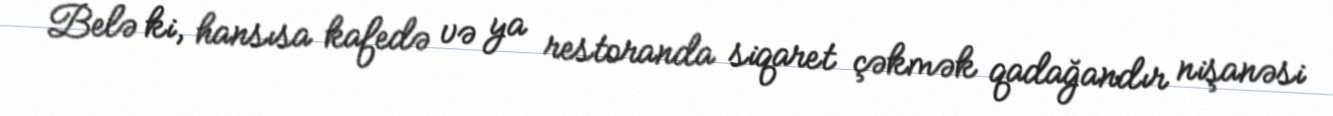
Belə ki, hansısa kafedə və ya restoranda siqaret çəkmək qadağandır nişanəsi